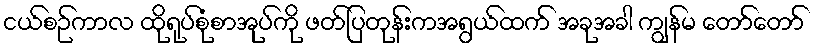
ငယ်စဉ်ကာလ ထိုရုပ်စုံစာအုပ်ကို ဖတ်ပြတုန်းကအရွယ်ထက် အခုအခါ ကျွန်မ တော်တော်